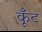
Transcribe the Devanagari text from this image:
कूँट